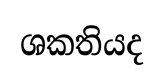
ශකතියද